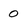
Character: 0